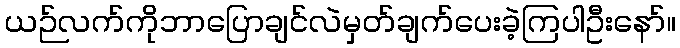
ယဉ်လက်ကိုဘာပြောချင်လဲမှတ်ချက်ပေးခဲ့ကြပါဦးနော်။